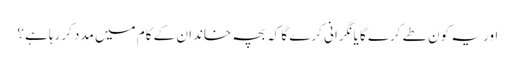
اور یہ کون طے کرے گا یانگرانی کرے گا کہ بچہ خاندان کے کام میں مدد کررہا ہے؟